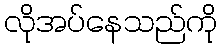
လိုအပ်နေသည်ကို